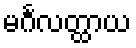
မင်္ဂလတ္ထာယ